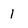
Character: 1